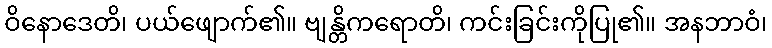
ဝိနောဒေတိ၊ ပယ်ဖျောက်၏။ ဗျန္တိကရောတိ၊ ကင်းခြင်းကိုပြု၏။ အနဘာဝံ၊